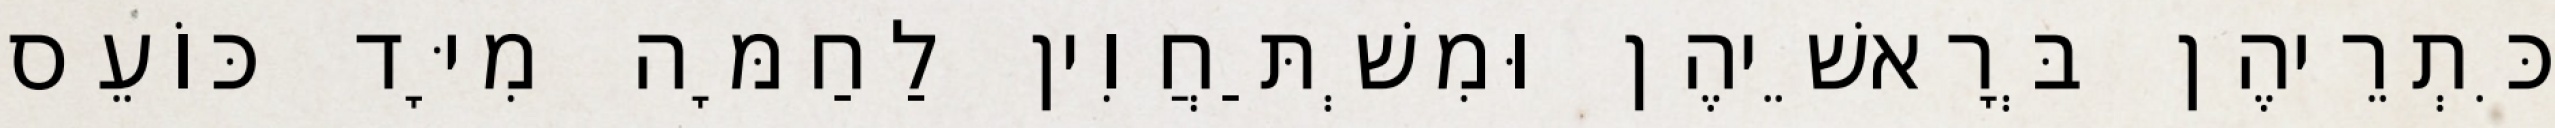
כִּתְרֵיהֶן בְּרָאשֵׁיהֶן וּמִשְׁתַּחֲוִין לַחַמָּה מִיָּד כּוֹעֵס